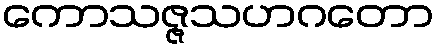
ကောသဇ္ဇသဟဂတော